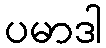
ပမာဒါ